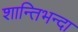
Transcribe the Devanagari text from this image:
शान्तिभन्दा